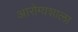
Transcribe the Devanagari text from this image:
आरोग्यशाला